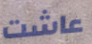
عاشت